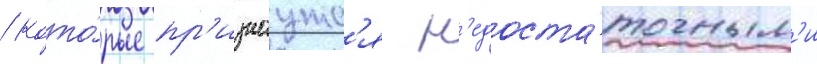
/ кото́рые пр'изнаутс'я н'едоста́точным'и